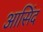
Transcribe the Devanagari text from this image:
आसिंद